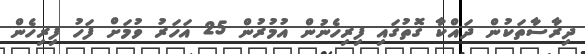
ދިރާސާތަކުން ދައްކާ ގޮތުގައި ފިރިހެނުން އުމުރުން 25 އަހަރު ވުމަށް ފަހު ފިރިހެން